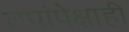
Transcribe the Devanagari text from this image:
तपांपेक्षाही